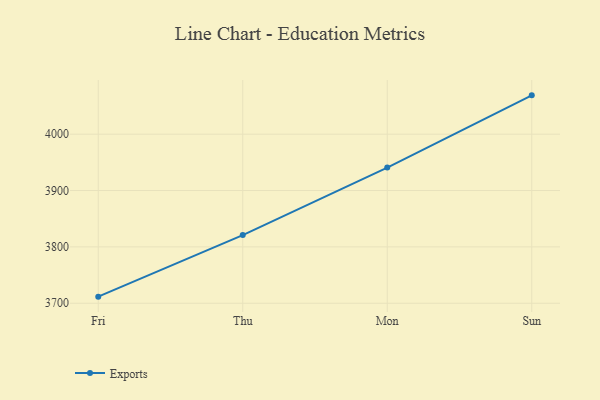
{"axis": {"x": "Day", "y": "Temperature (°C)"}, "legend": ["Exports"], "data": [{"x": "Fri", "y": 3711.7, "type": "Exports"}, {"x": "Thu", "y": 3821.0, "type": "Exports"}, {"x": "Mon", "y": 3940.7, "type": "Exports"}, {"x": "Sun", "y": 4068.9, "type": "Exports"}]}